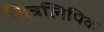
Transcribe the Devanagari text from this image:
चित्रलिपिक